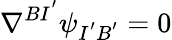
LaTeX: \nabla^{BI^{'}}\psi_{I^{'}B^{'}}=0